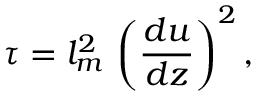
\tau = l _ { m } ^ { 2 } \, \left( \frac { d u } { d z } \right) ^ { 2 } ,